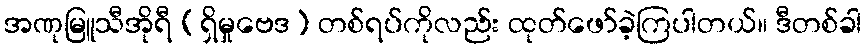
အဏုမြူသီအိုရီ (ရှိမှုဗေဒ) တစ်ရပ်ကိုလည်း ထုတ်ဖော်ခဲ့ကြပါတယ်။ ဒီတစ်ခါ